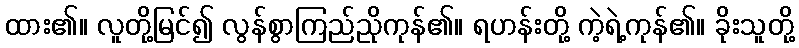
ထား၏။ လူတို့မြင်၍ လွန်စွာကြည်ညိုကုန်၏။ ရဟန်းတို့ ကဲ့ရဲ့ကုန်၏။ ခိုးသူတို့